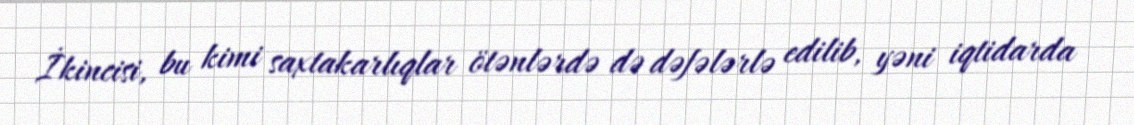
İkincisi, bu kimi saxtakarlıqlar ötənlərdə də dəfələrlə edilib, yəni iqtidarda